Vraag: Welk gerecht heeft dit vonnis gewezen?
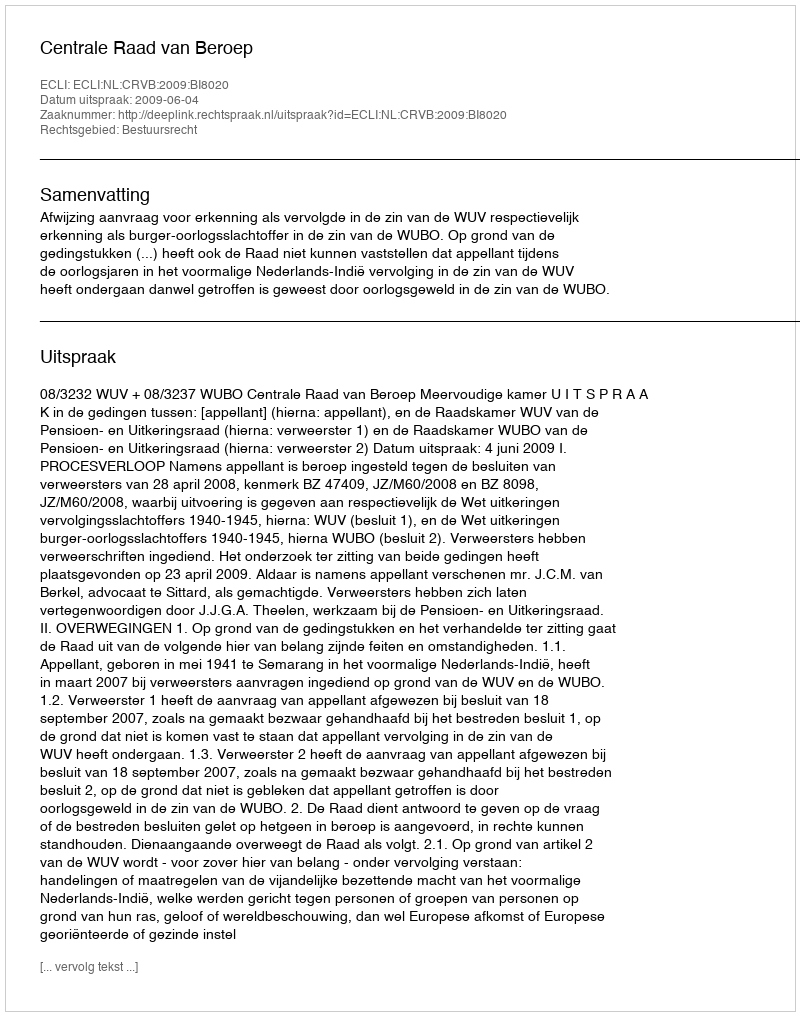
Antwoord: Centrale Raad van Beroep